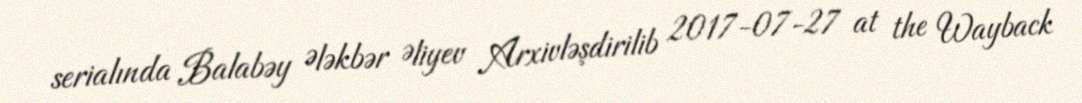
serialında Balabəy Ələkbər Əliyev Arxivləşdirilib 2017-07-27 at the Wayback